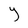
Character: Y